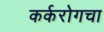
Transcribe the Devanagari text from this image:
कर्करोगचा